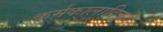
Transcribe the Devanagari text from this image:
कर्मकालादिकों